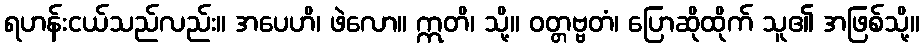
ရဟန်းငယ်သည်လည်း။ အပေဟိ၊ ဖဲလော။ ဣတိ၊ သို့။ ဝတ္တဗ္ဗတံ၊ ပြောဆိုထိုက် သူ၏ အဖြစ်သို့။